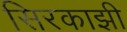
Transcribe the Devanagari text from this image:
सिरकाझी